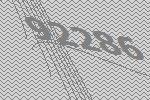
92286